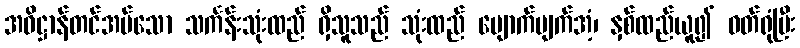
အဓိဋ္ဌာန်တင်အပ်သော သင်္ကန်းသုံးထည် ရှိသူသည် သုံးထည် ပျောက်ပျက်အံ့၊ နှစ်ထည်ယူ၍ ဝတ်ရုံပြီး